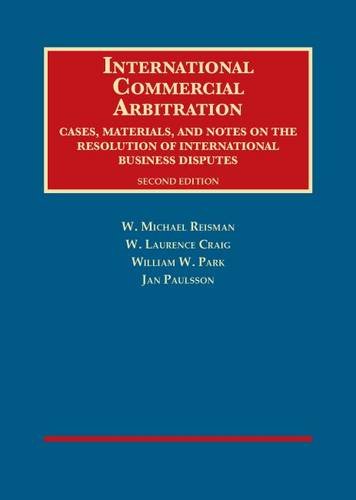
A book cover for International Commercial Arbitration, Cases, Materials and Notes (University Casebook Series); W. Reisman; Law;